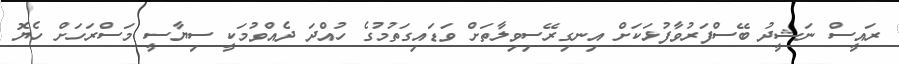
ރައީސް ނަޝީދު ބޭސްފަރުވާފުޅަކަށް އިނގިރޭސިވިލާތަށް ވަޑައިގަތުމުގެ ހުއްދަ ދެއްވުމަކީ ސިޔާސީ މަސްރަހަށް ހެޔޮ